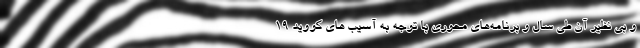
و بی نظیر آن طی سال و برنامه‌های محوری با توجه به آسیب های کووید 19